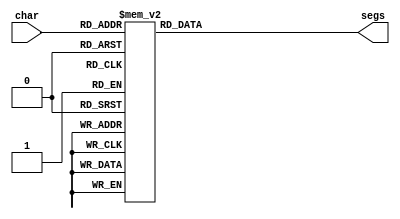
/*
   This file was generated automatically by the Mojo IDE version B1.3.5.
   Do not edit this file directly. Instead edit the original Lucid source.
   This is a temporary file and any changes made to it will be destroyed.
*/

module seven_seg_22 (
    input [3:0] char,
    output reg [6:0] segs
  );
  
  
  
  always @* begin
    
    case (char)
      1'h0: begin
        segs = 7'h3f;
      end
      1'h1: begin
        segs = 7'h06;
      end
      2'h2: begin
        segs = 7'h37;
      end
      2'h3: begin
        segs = 7'h3e;
      end
      3'h4: begin
        segs = 7'h38;
      end
      3'h5: begin
        segs = 7'h6d;
      end
      3'h6: begin
        segs = 7'h7d;
      end
      3'h7: begin
        segs = 7'h07;
      end
      4'h8: begin
        segs = 7'h7f;
      end
      4'h9: begin
        segs = 7'h67;
      end
      4'ha: begin
        segs = 7'h73;
      end
      4'hb: begin
        segs = 7'h77;
      end
      4'hc: begin
        segs = 7'h76;
      end
      4'hd: begin
        segs = 7'h71;
      end
      4'he: begin
        segs = 7'h39;
      end
      default: begin
        segs = 7'h00;
      end
    endcase
  end
endmodule